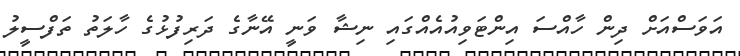
އަވަސްއަށް ދިން ހާއްސަ އިންޓަވިއުއެއްގައި ނިޝާ ވަނީ އޭނާގެ ދަރިފުޅުގެ ހާލަތު ތަފްސީލު